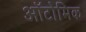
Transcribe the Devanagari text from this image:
ऑटोमिक